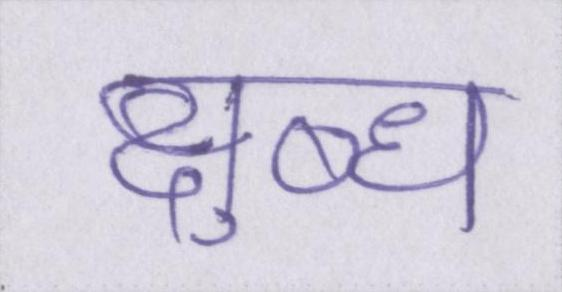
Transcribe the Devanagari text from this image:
क्षुब्ध